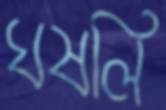
ঘষলি